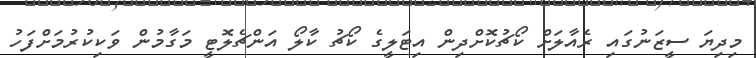
މިދިޔަ ސީޒަނުގައި ރެއާލަށް ކޯޗުކޮށްދިން އިޓަލީގެ ކޯޗު ކާލޯ އަންޗެލޮޓީ މަގާމުން ވަކިކުރުމަށްފަހު